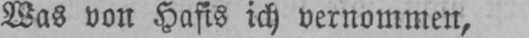
Was von Hafis ich vernommen,